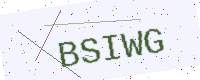
Text: BSIWG